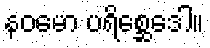
နဝမော ပရိစ္ဆေဒေါ။